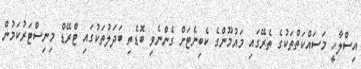
އިސްލާހީ މަސައްކަތްތަކުގެ ތެރޭގައި މައުމޫންގެ ކެބިނެޓަށް ގެންނެވި ބޮޑެތި ބަދަލުތަކުގައި ޓްރޭޑް މިނިސްޓަރުކަމުން